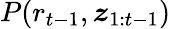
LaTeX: P(r_{t-1},\boldsymbol{z}_{1:t-1})